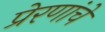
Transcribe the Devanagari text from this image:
प्रेरणांचे